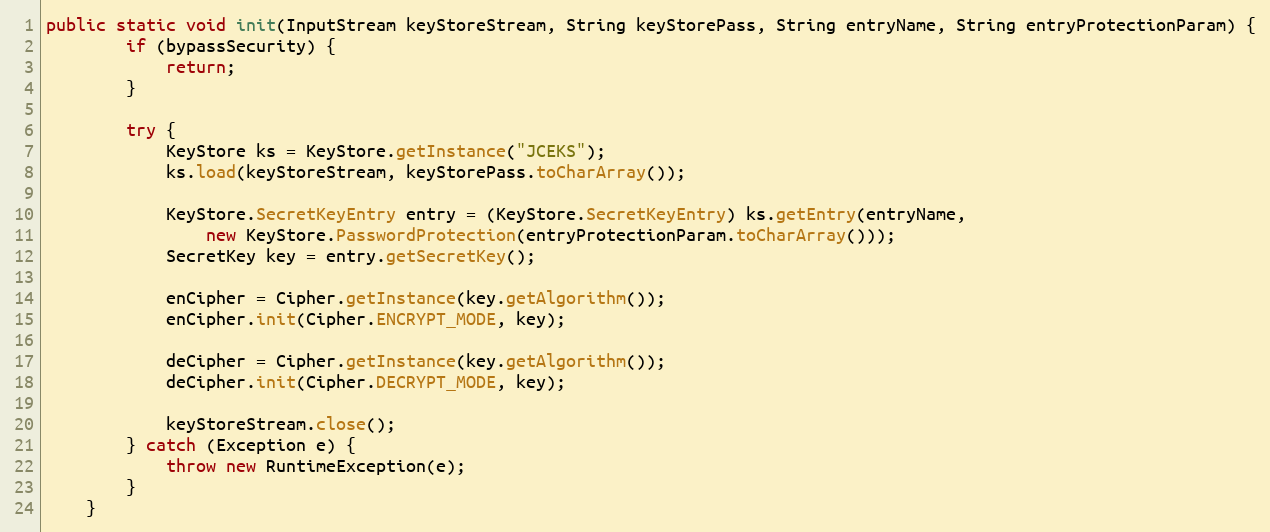
Language: Java
public static void init(InputStream keyStoreStream, String keyStorePass, String entryName, String entryProtectionParam) {
		if (bypassSecurity) {
			return;
		}

		try {
			KeyStore ks = KeyStore.getInstance("JCEKS");
			ks.load(keyStoreStream, keyStorePass.toCharArray());

			KeyStore.SecretKeyEntry entry = (KeyStore.SecretKeyEntry) ks.getEntry(entryName,
				new KeyStore.PasswordProtection(entryProtectionParam.toCharArray()));
			SecretKey key = entry.getSecretKey();

			enCipher = Cipher.getInstance(key.getAlgorithm());
			enCipher.init(Cipher.ENCRYPT_MODE, key);

			deCipher = Cipher.getInstance(key.getAlgorithm());
			deCipher.init(Cipher.DECRYPT_MODE, key);

			keyStoreStream.close();
		} catch (Exception e) {
			throw new RuntimeException(e);
		}
	}